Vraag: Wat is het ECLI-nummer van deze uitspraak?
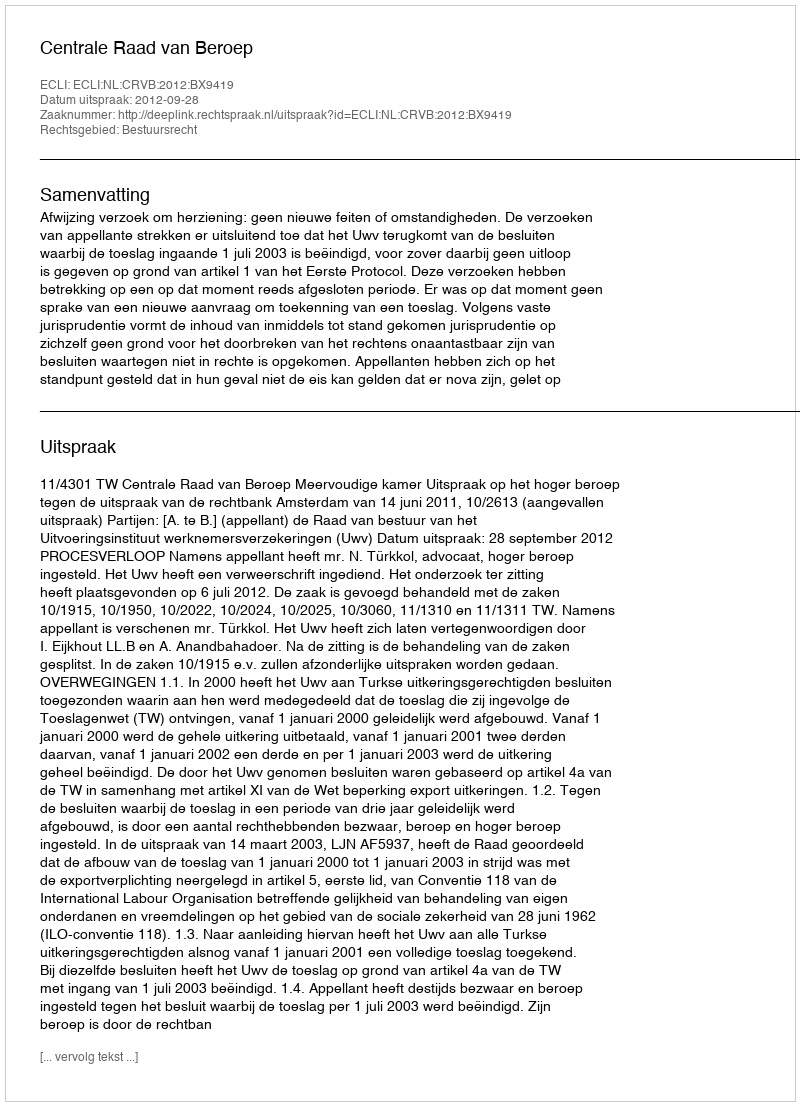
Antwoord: ECLI:NL:CRVB:2012:BX9419